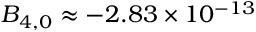
B _ { 4 , 0 } \approx - 2 . 8 3 \times 1 0 ^ { - 1 3 }